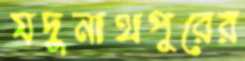
যদুনাথপুরের